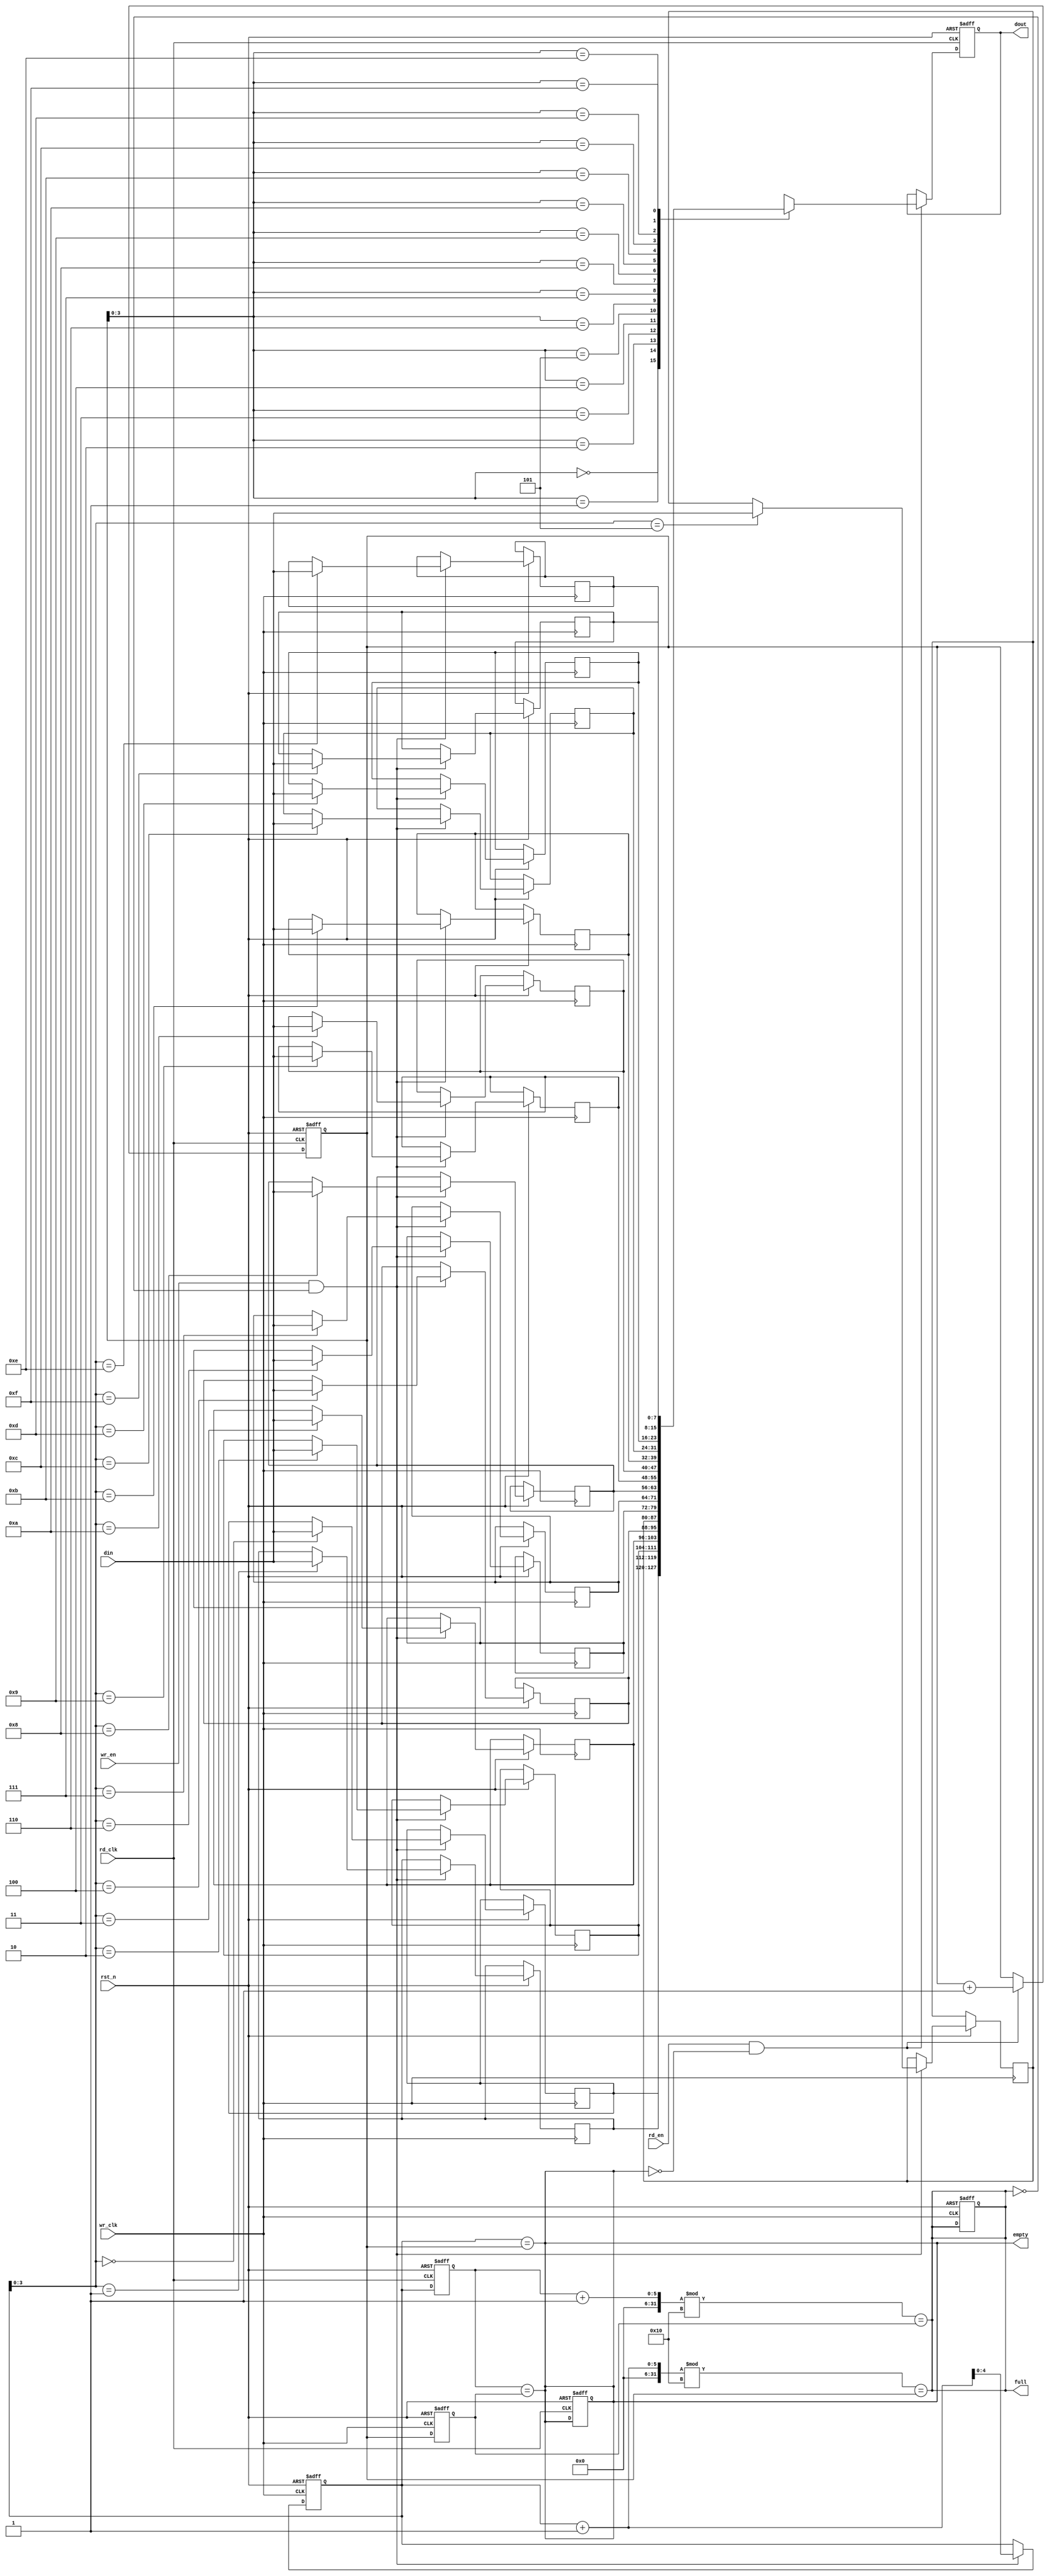
module async_fifo #(
    parameter DATA_WIDTH = 8,   // Width of data
    parameter FIFO_DEPTH = 16    // Depth of FIFO (must be a power of 2)
)(
    input wire wr_clk,            // Write clock
    input wire rd_clk,            // Read clock
    input wire rst_n,             // Active low reset
    input wire wr_en,             // Write enable
    input wire rd_en,             // Read enable
    input wire [DATA_WIDTH-1:0] din, // Data input
    output reg [DATA_WIDTH-1:0] dout, // Data output
    output reg full,              // Full flag
    output reg empty              // Empty flag
);

    // Internal signals
    reg [DATA_WIDTH-1:0] fifo_mem [0:FIFO_DEPTH-1]; // FIFO memory
    reg [4:0] wr_ptr;          // Write pointer
    reg [4:0] rd_ptr;          // Read pointer
    reg [4:0] wr_ptr_sync;     // Synchronized write pointer
    reg [4:0] rd_ptr_sync;     // Synchronized read pointer

    // Write pointer logic
    always @(posedge wr_clk or negedge rst_n) begin
        if (!rst_n) begin
            wr_ptr <= 0;
            full <= 0;
        end else if (wr_en && !full) begin
            fifo_mem[wr_ptr] <= din; // Write data
            wr_ptr <= wr_ptr + 1;    // Increment write pointer
        end
    end

    // Read pointer logic
    always @(posedge rd_clk or negedge rst_n) begin
        if (!rst_n) begin
            rd_ptr <= 0;
            empty <= 1;
            dout <= 0;
        end else if (rd_en && !empty) begin
            dout <= fifo_mem[rd_ptr]; // Read data
            rd_ptr <= rd_ptr + 1;     // Increment read pointer
        end
    end

    // Full and empty flag logic
    always @(*) begin
        full = (wr_ptr + 1) % FIFO_DEPTH == rd_ptr; // Full condition
        empty = (wr_ptr == rd_ptr);                 // Empty condition
    end

    // Synchronization logic for write pointer
    always @(posedge rd_clk or negedge rst_n) begin
        if (!rst_n) begin
            wr_ptr_sync <= 0;
        end else begin
            wr_ptr_sync <= wr_ptr; // Synchronize write pointer to read clock
        end
    end

    // Synchronization logic for read pointer
    always @(posedge wr_clk or negedge rst_n) begin
        if (!rst_n) begin
            rd_ptr_sync <= 0;
        end else begin
            rd_ptr_sync <= rd_ptr; // Synchronize read pointer to write clock
        end
    end

    // Update full and empty flags based on synchronized pointers
    always @(*) begin
        full = (wr_ptr_sync + 1) % FIFO_DEPTH == rd_ptr_sync; // Full condition
        empty = (wr_ptr_sync == rd_ptr_sync);                 // Empty condition
    end

endmodule